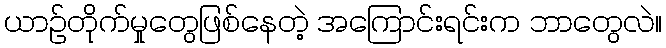
ယာဉ်တိုက်မှုတွေဖြစ်နေတဲ့ အကြောင်းရင်းက ဘာတွေလဲ။